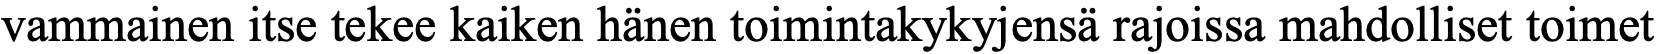
vammainen itse tekee kaiken hänen toimintakykyjensä rajoissa mahdolliset toimet